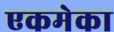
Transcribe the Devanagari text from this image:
एकमेका